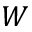
W